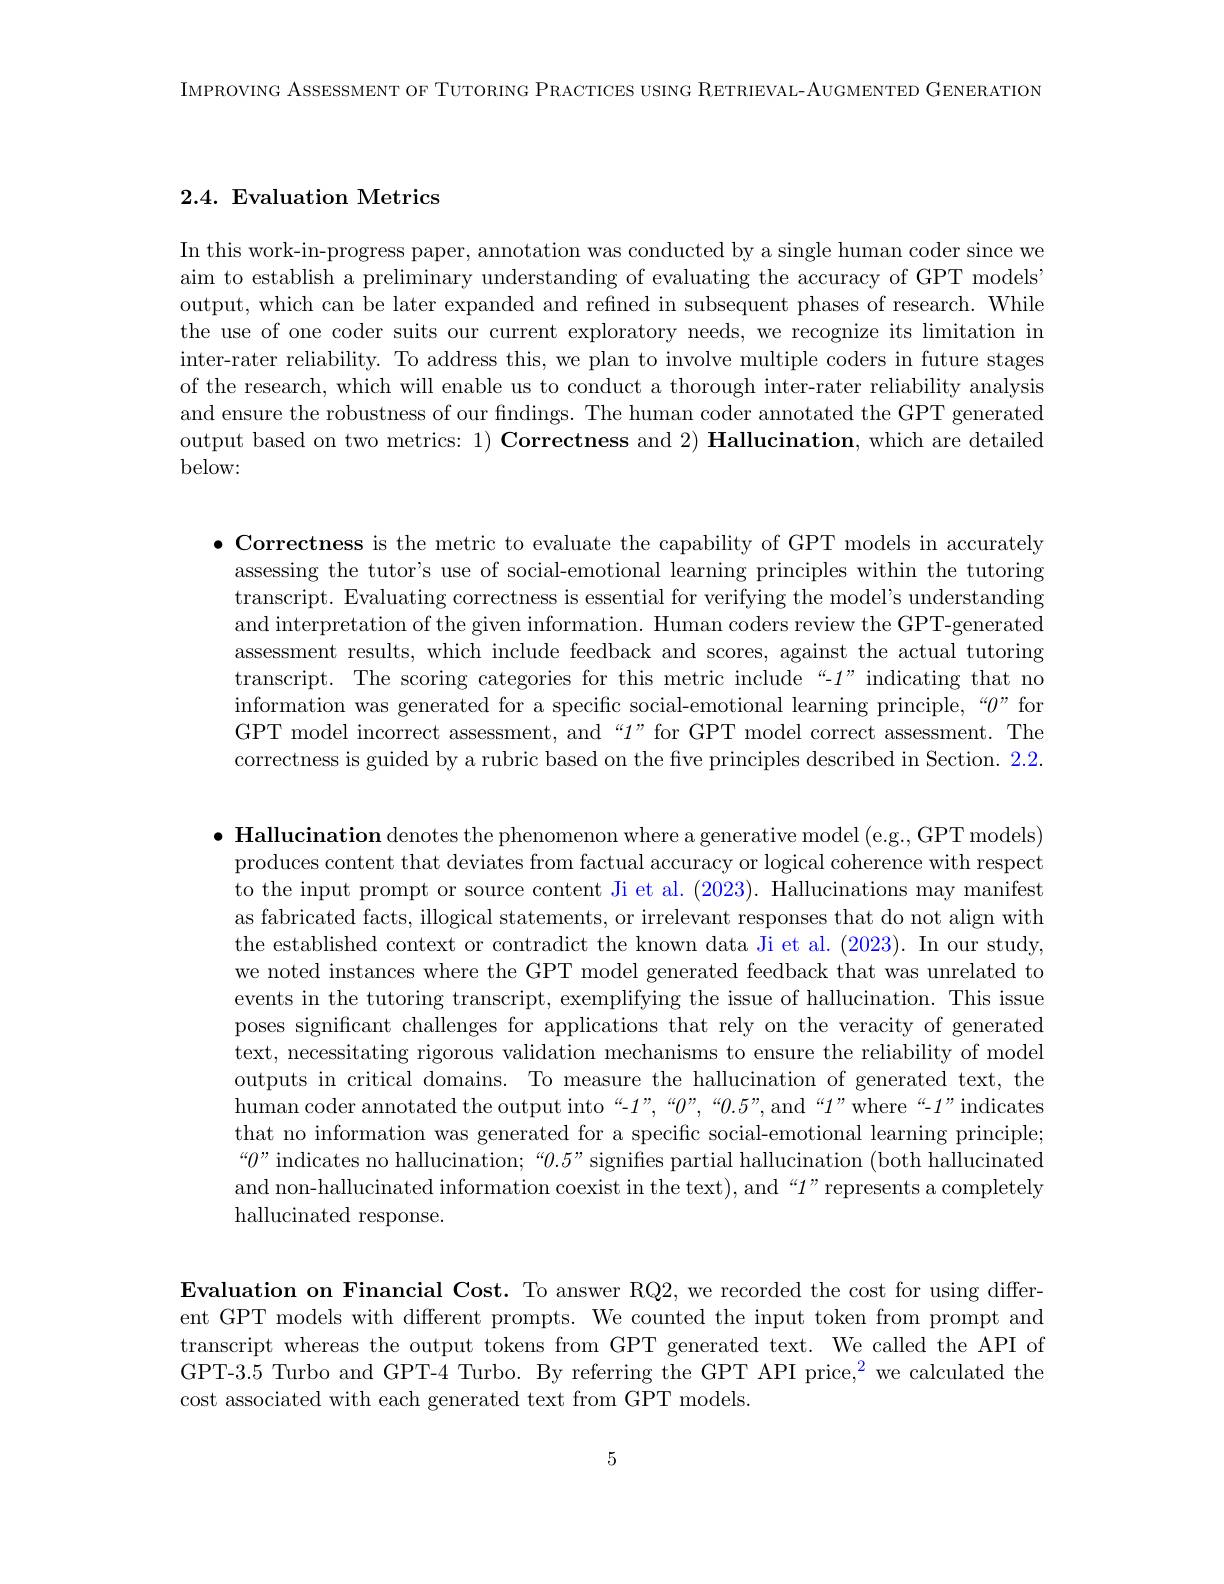
IMPROVING ASSESSMENT OF TUTORING PRACTICES USING RETRIEVAL- AUGMENTED GENERATION

### $2. 4. \textbf{Evaluation Metrics}$

In this work-in-progress paper, annotation was conducted by a single human coder since we aim to establish a preliminary understanding of evaluating the accuracy of GPT models' output, which can be later expanded and refined in subsequent phases of research. While the use of one coder suits our current exploratory needs, we recognize its limitation in inter-rater reliability. To address this, we plan to involve multiple coders in future stages of the research, which will enable us to conduct a thorough inter-rater reliability analysis and ensure the robustness of our findings. The human coder annotated the GPT generated output based on two metrics: $1) \textbf{ Correctness and }2) \textbf{ Hallucination, which are detailed}$ below:

$\bullet$ Correctness is the metric to evaluate the capability of GPT models in accurately
assessing the tutor's use of social-emotional learning principles within the tutoring transcript. Evaluating correctness is essential for verifying the model's understanding and interpretation of the given information. Human coders review the GPT-generated assessment results, which include feedback and scores, against the actual tutoring transcript. The scoring categories for this metric include“-1”indicating that no information was generated for a specific social-emotional learning principle,“$\theta$”for GPT model incorrect assessment, and “1”for GPT model correct assessment. The correctness is guided by a rubric based on the five principles described in Section. 2.2.

$\bullet$ Hallucination denotes the phenomenon where a generative model (e.g., GPT models)
produces content that deviates from factual accuracy or logical coherence with respect to the input prompt or source content Ji et al. (2023). Hallucinations may manifest as fabricated facts, illogical statements, or irrelevant responses that do not align with the established context or contradict the known data Ji et al. (2023). In our study, we noted instances where the GPT model generated feedback that was unrelated to events in the tutoring transcript, exemplifying the issue of hallucination. This issue poses significant challenges for applications that rely on the veracity of generated text, necessitating rigorous validation mechanisms to ensure the reliability of model outputs in critical domains. To measure the hallucination of generated text, the human coder annotated the output into“-1”,“0”,“0.5”, and“1”where“-1”indicates that no information was generated for a specific social-emotional learning principle; $“0”$indicates no hallucination;“$“0.5”$signifies partial hallucination (both hallucinated and non-hallucinated information coexist in the text), and “1”represents a completely hallucinated response.

Evaluation on Financial Cost. To answer RQ2, we recorded the cost for using different GPT models with different prompts. We counted the input token from prompt and transcript whereas the output tokens from GPT generated text. We called the API of GPT-3.5 Turbo and GPT-4 Turbo. By referring the GPT API price,$^2$ we calculated the cost associated with each generated text from GPT models.

5